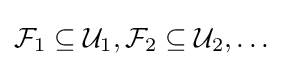
{\mathcal {F}}_{1}\subseteq {\mathcal {U}}_{1},{\mathcal {F}}_{2}\subseteq {\mathcal {U}}_{2},\dots